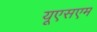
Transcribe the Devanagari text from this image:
यूएसएम